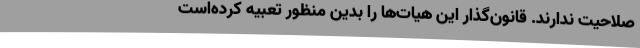
صلاحیت ندارند. قانون‌گذار این هیات‌ها را بدین منظور تعبیه کرده‌است